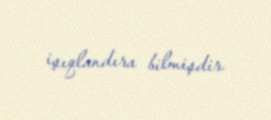
işıqlandıra bilmişdir.